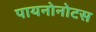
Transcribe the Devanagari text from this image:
पायनोनोटस